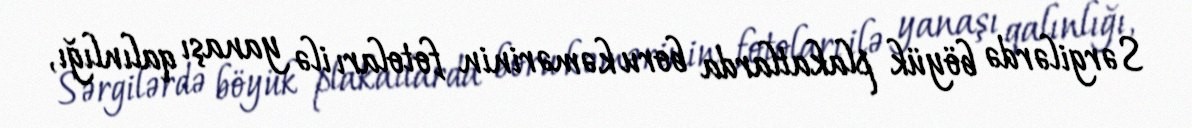
Sərgilərdə böyük plakatlarda boru kəmərinin fotoları ilə yanaşı qalınlığı,